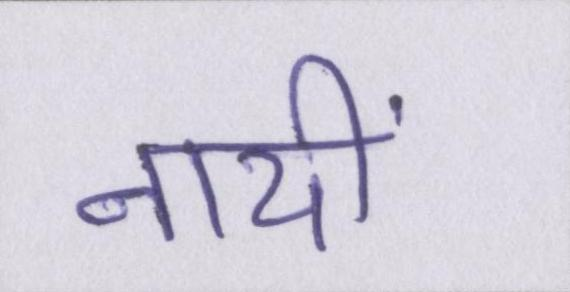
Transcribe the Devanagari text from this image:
नायीं